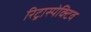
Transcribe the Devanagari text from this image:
रिट्रास्पेक्टिव